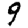
Digit: 9